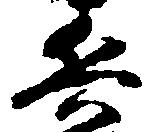
兵